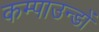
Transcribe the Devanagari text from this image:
कम्पाउन्डों